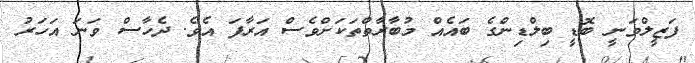
ފަޒީލްވަނީ ބޮޑީ ބިލްޑިންގެ ބައެއް މުބާރާތްތަކަށްވެސް އަރާފަ އެވެ. ދެހާސް ވަނަ އަހަރު